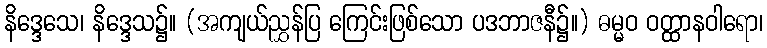
နိဒ္ဒေသေ၊ နိဒ္ဒေသ၌။ (အကျယ်ညွှန်ပြ ကြေင်းဖြစ်သော ပဒဘာဇနီ၌။) ဓမ္မဝ ဝတ္ထာနဝါရော၊